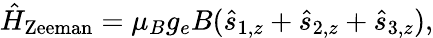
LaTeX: \begin{array}{r}{\hat{H}_{\mathrm{Zeeman}}=\mu_{B}g_{e}B(\hat{s}_{1,z}+\hat{s}_{2,z}+\hat{s}_{3,z}),}\end{array}